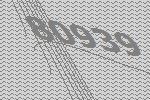
80939